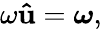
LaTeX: \omega\mathbf{\hat{u}}={\boldsymbol{\omega}},